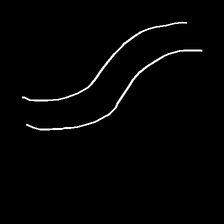
Glyph: float